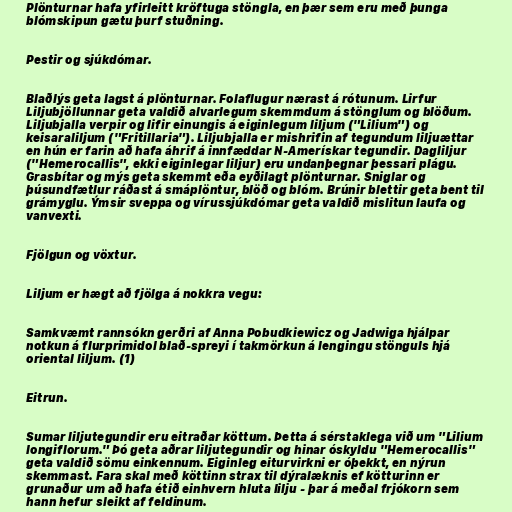
Plönturnar hafa yfirleitt kröftuga stöngla, en þær sem eru með þunga
blómskipun gætu þurf stuðning.

Pestir og sjúkdómar.

Blaðlýs geta lagst á plönturnar. Folaflugur nærast á rótunum. Lirfur
Liljubjöllunnar geta valdið alvarlegum skemmdum á stönglum og blöðum.
Liljubjalla verpir og lifir einungis á eiginlegum liljum ("Lilium") og
keisaraliljum ("Fritillaria"). Liljubjalla er mishrifin af tegundum liljuættar
en hún er farin að hafa áhrif á innfæddar N-Amerískar tegundir. Dagliljur
("Hemerocallis", ekki eiginlegar liljur) eru undanþegnar þessari plágu.
Grasbítar og mýs geta skemmt eða eyðilagt plönturnar. Sniglar og
þúsundfætlur ráðast á smáplöntur, blöð og blóm. Brúnir blettir geta bent til
grámyglu. Ýmsir sveppa og vírussjúkdómar geta valdið mislitun laufa og
vanvexti.

Fjölgun og vöxtur.

Liljum er hægt að fjölga á nokkra vegu:

Samkvæmt rannsókn gerðri af Anna Pobudkiewicz og Jadwiga hjálpar
notkun á flurprimidol blað-spreyi í takmörkun á lengingu stönguls hjá
oriental liljum. (1)

Eitrun.

Sumar liljutegundir eru eitraðar köttum. Þetta á sérstaklega við um "Lilium
longiflorum." Þó geta aðrar liljutegundir og hinar óskyldu "Hemerocallis"
geta valdið sömu einkennum. Eiginleg eiturvirkni er óþekkt, en nýrun
skemmast. Fara skal með köttinn strax til dýralæknis ef kötturinn er
grunaður um að hafa étið einhvern hluta lilju - þar á meðal frjókorn sem
hann hefur sleikt af feldinum.